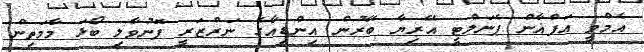
އެމްވީ އަފްޣާން ޕެނަލްޓީ އޭރިޔާ ބޭރުން އިންޑިއާގެ ނަރްޒަރީ ފޮނުވާލި ބޯޅަ މާމަތިން